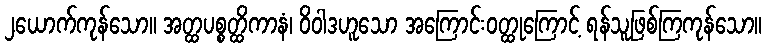
၂ယောက်ကုန်သော။ အတ္ထပစ္စတ္ထိကာနံ၊ ဝိဝါဒဟူသော အကြောင်းဝတ္ထုကြောင့် ရန်သူဖြစ်ကြကုန်သော။